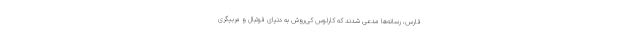
فارس، رسانه‌ها مدعی شدند که کارلوس کی‌روش به دنیای فوتبال و مربیگری